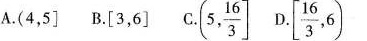
A.\left ( 4,5 \right] B.\left [ 3，6 \right ] c.\left ( 5, \frac{3}{16}\right] D.\left [ \frac{3}{16},6 \right )